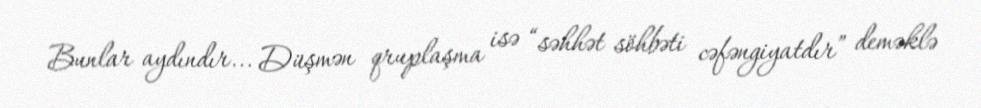
Bunlar aydındır... Düşmən qruplaşma isə “səhhət söhbəti cəfəngiyatdır” deməklə